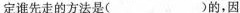
定谁先走的方法是( )的。因